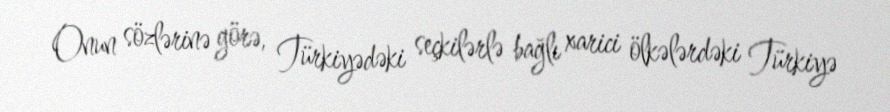
Onun sözlərinə görə, Türkiyədəki seçkilərlə bağlı xarici ölkələrdəki Türkiyə